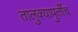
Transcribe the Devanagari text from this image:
तालुक्यापुर्तीच